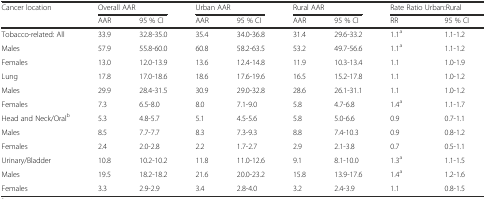
| <ROWSPAN=2> Cancer location | <COLSPAN=2> Overall AAR | <COLSPAN=2> Urban AAR | <COLSPAN=2> Rural AAR | <COLSPAN=2> Rate Ratio Urban:Rural |
 | AAR | 95 % CI | AAR | 95 % CI | AAR | 95 % CI | RR | 95 % CI |
 | --- | --- | --- | --- | --- | --- | --- | --- | --- |
 | Tobacco-related: All | 33.9 | 32.8-35.0 | 35.4 | 34.0-36.8 | 31.4 | 29.6-33.2 | 1.1a | 1.1-1.2 |
 | Males | 57.9 | 55.8-60.0 | 60.8 | 58.2-63.5 | 53.2 | 49.7-56.6 | 1.1a | 1.1-1.2 |
 | Females | 13.0 | 12.0-13.9 | 13.6 | 12.4-14.8 | 11.9 | 10.3-13.4 | 1.1 | 1.0-1.9 |
 | Lung | 17.8 | 17.0-18.6 | 18.6 | 17.6-19.6 | 16.5 | 15.2-17.8 | 1.1 | 1.0-1.2 |
 | Males | 29.9 | 28.4-31.5 | 30.9 | 29.0-32.8 | 28.6 | 26.1-31.1 | 1.1 | 1.0-1.2 |
 | Females | 7.3 | 6.5-8.0 | 8.0 | 7.1-9.0 | 5.8 | 4.7-6.8 | 1.4a | 1.1-1.7 |
 | Head and Neck/Oralb | 5.3 | 4.8-5.7 | 5.1 | 4.5-5.6 | 5.8 | 5.0-6.6 | 0.9 | 0.7-1.1 |
 | Males | 8.5 | 7.7-7.7 | 8.3 | 7.3-9.3 | 8.8 | 7.4-10.3 | 0.9 | 0.8-1.2 |
 | Females | 2.4 | 2.0-2.8 | 2.2 | 1.7-2.7 | 2.9 | 2.1-3.8 | 0.7 | 0.5-1.1 |
 | Urinary/Bladder | 10.8 | 10.2-10.2 | 11.8 | 11.0-12.6 | 9.1 | 8.1-10.0 | 1.3a | 1.1-1.5 |
 | Males | 19.5 | 18.2-18.2 | 21.6 | 20.0-23.2 | 15.8 | 13.9-17.6 | 1.4a | 1.2-1.6 |
 | Females | 3.3 | 2.9-2.9 | 3.4 | 2.8-4.0 | 3.2 | 2.4-3.9 | 1.1 | 0.8-1.5 |